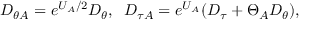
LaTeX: { \cal D } _ { \theta { \cal A } } = e ^ { U _ { \cal A } / 2 } D _ { \theta } , \; \; { \cal D } _ { \tau { \cal A } } = e ^ { U _ { \cal A } } ( D _ { \tau } + \Theta _ { \cal A } D _ { \theta } ) ,